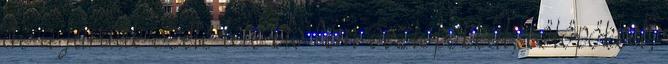
de a járdák széle tele kis fém oszlopokkal, cölöpökkel,